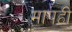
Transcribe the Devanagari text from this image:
मापही